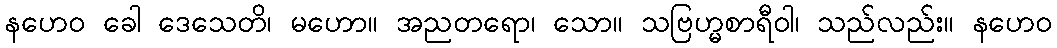
နဟေဝ ခေါ ဒေသေတိ၊ မဟော။ အညတရော၊ သော။ သဗြဟ္မစာရီဝါ၊ သည်လည်း။ နဟေဝ